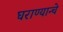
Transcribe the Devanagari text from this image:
घराण्यान्चे